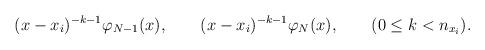
LaTeX: \begin{align*}(x-x_{i})^{-k-1} \varphi_{N-1}(x), \qquad (x-x_{i})^{-k-1}\varphi_{N}(x), \qquad (0 \le k < n_{x_{i}}).\end{align*}